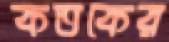
কতকের